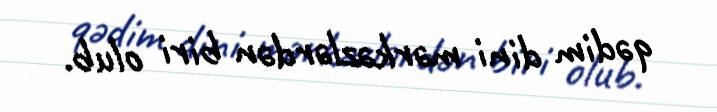
qədim dini mərkəzlərdən biri olub.